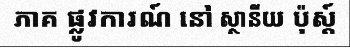
ភាគ ផ្លូវការណ៍ នៅ ស្ថានីយ ប៉ុស្ត៍